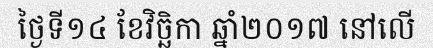
ថ្ងៃទី១៤ ខែវិច្ឆិកា ឆ្នាំ២០១៧ នៅលើ